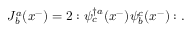
J _ { b } ^ { a } ( x ^ { - } ) = 2 : \psi _ { c } ^ { \dagger a } ( x ^ { - } ) \psi _ { b } ^ { c } ( x ^ { - } ) : .